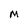
Character: M